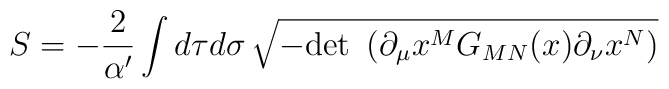
S=-\frac{2}{\alpha^{\prime}}\int d\tau d\sigma \, \sqrt{-\mbox{det }\left(\partial_\mu x^M G_{MN}(x)\partial_\nu x^N \right)}